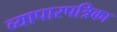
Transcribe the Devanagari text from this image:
व्यापारपत्रिका